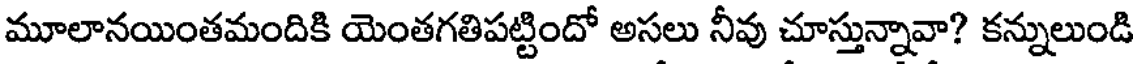
మూలానయింతమందికి యెంతగతిపట్టిందో అసలు నీవు చూస్తున్నావా? కన్నులుండి